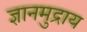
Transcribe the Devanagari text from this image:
ज्ञानमुद्राय